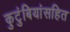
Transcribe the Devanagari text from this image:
कुटुंबियांसहित